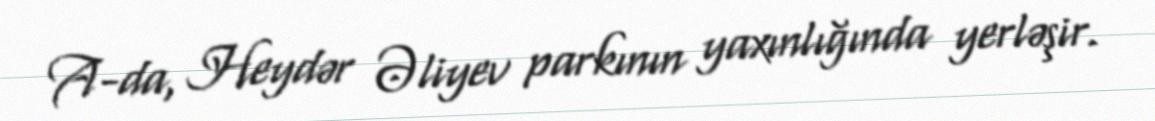
A-da, Heydər Əliyev parkının yaxınlığında yerləşir.